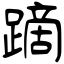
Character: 蹢